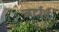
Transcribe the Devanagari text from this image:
जर्दाचे